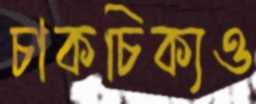
চাকচিক্যও